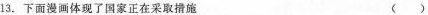
13.下面漫画体现了国家正在采取措施 ()